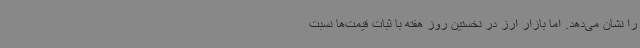
را نشان می‌دهد. اما بازار ارز در نخستین روز هفته با ثبات قیمت‌ها نسبت